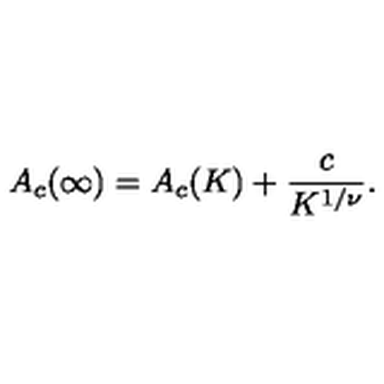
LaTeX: A _ { c } ( \infty ) = A _ { c } ( K ) + \frac { c } { K ^ { 1 / \nu } } .